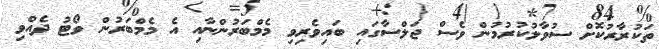
ތަކުރާރުކޮށް ސުވާލުކުރުމުން ވެސް ޖަލްސާގައި ބައިވެރިވި މެމްބަރުންނާއި އެ މެމްބަރުން ވޯޓު ދެއްވި